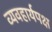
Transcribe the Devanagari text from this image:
व्यवहार्यपक्ष